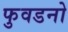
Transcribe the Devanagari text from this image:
फुवडनो